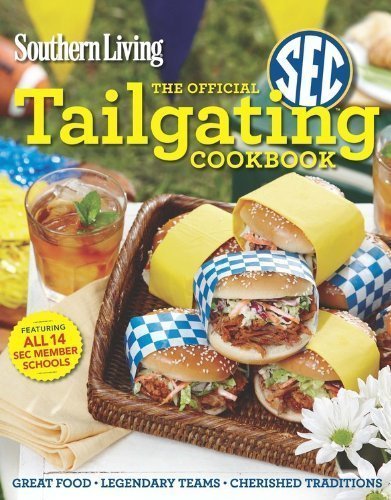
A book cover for Southern Living The Official SEC Tailgating Cookbook: Great Food Legendary Teams Cherished Traditions (Southern Living (Paperback Oxmoor)) by Editors of Southern Living Magazine (8/21/2012); Cookbooks, Food & Wine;